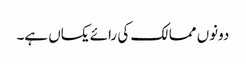
دونوں ممالک کی رائے یکساں ہے۔